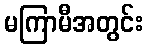
မကြာမီအတွင်း